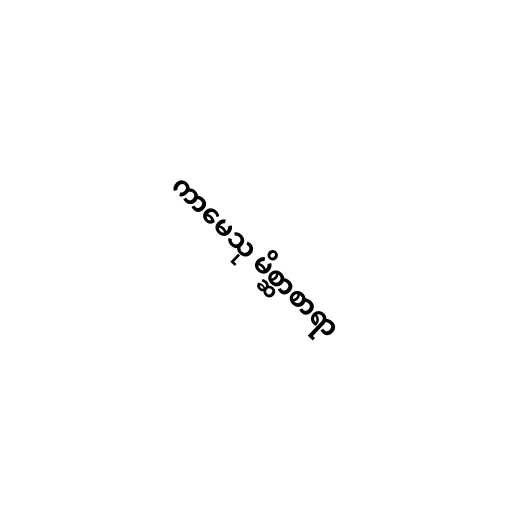
ကာမေသု မိစ္ဆာစာရာ